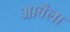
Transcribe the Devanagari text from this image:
आबँला